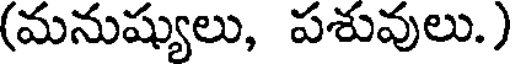
(మనుష్యులు, పశువులు.)